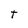
Character: t